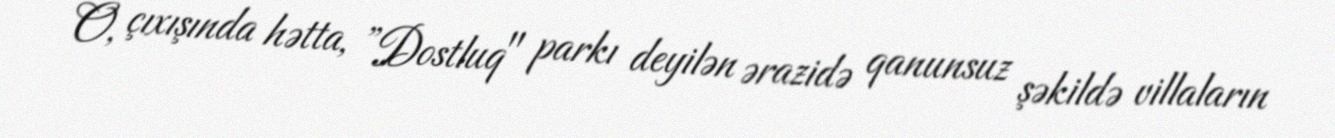
O, çıxışında hətta, ”Dostluq" parkı deyilən ərazidə qanunsuz şəkildə villaların